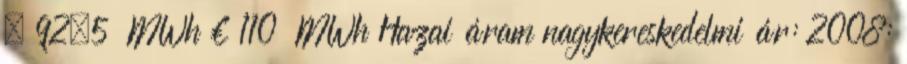
£ 92,5 MWh € 110 MWh Hazai áram nagykereskedelmi ár: 2008: